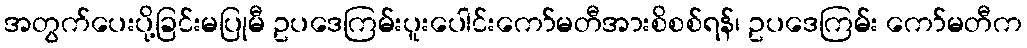
အတွက်ပေးပို့ခြင်းမပြုမီ ဥပဒေကြမ်းပူးပေါင်းကော်မတီအားစိစစ်ရန်၊ ဥပဒေကြမ်း ကော်မတီက